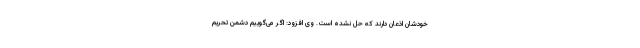
خودشان اذعان دارند که حل نشده است. وی افزود: اگر می‌گوییم دشمن تحریم